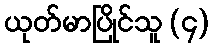
ယုတ်မာပြိုင်သူ (၄)